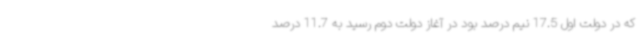
که در دولت اول 17.5 نیم درصد بود در آغاز دولت دوم رسید به 11.7 درصد